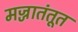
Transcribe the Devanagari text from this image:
मज्जातंतूत